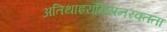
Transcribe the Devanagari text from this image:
अतिथाइरॉक्सिनरक्तता